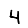
Digit: 4